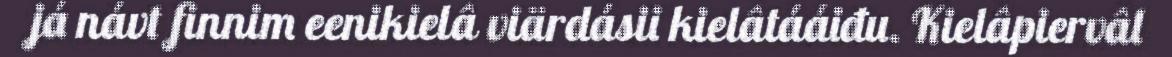
já návt finnim eenikielâ viärdásii kielâtááiđu. Kielâpiervâl